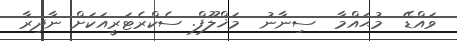
ވައްޑޭ  މުޙައްމާ  ސިނާނު  މަޚްލޫފް. ސެކްރެޓަރީއަކަށް ނާދިރާ